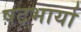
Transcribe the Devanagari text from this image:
षटभार्या